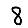
Digit: 8